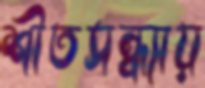
শীতসন্ধ্যায়